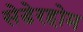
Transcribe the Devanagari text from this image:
सेडेरहोम